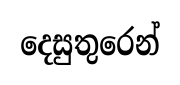
දෙසුතුරෙන්